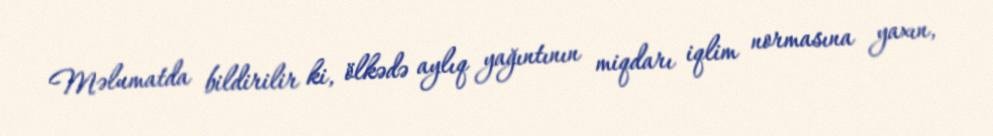
Məlumatda bildirilir ki, ölkədə aylıq yağıntının miqdarı iqlim normasına yaxın,